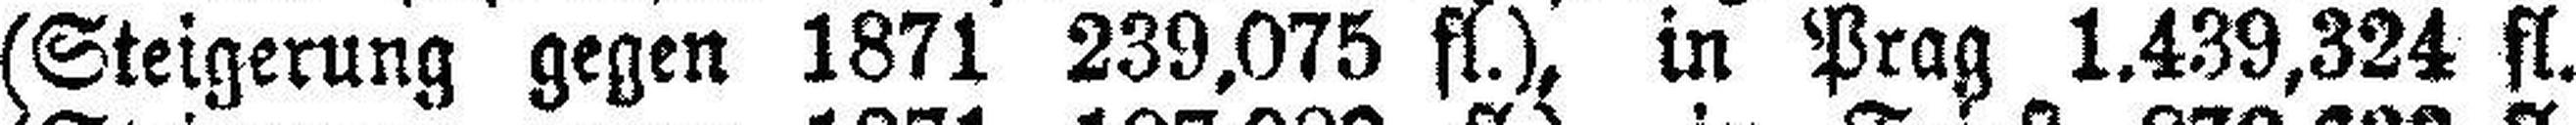
(Steigerung gegen 1871 239,075 fl.), in Prag 1.439,324 fl.